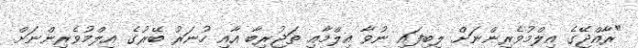
"ރާއްޖޭގެ އިލްމުވެރިންނަށް ލިބިފައި ނުވާ އިލްމާއި ތަޖުރިބާ އާއި ހުނަރު ބޭރުގެ އިލްމުވެރިންނަށް